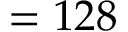
= 1 2 8